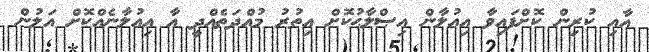
އާއި ކުރިން ކޮށްފައިވާ އިޢުލާން އިޞްލާޙުކޮށް އިތުރު މުއްދަތެއްދީ އާ އިޢުލާނެއްކޮށް އަލުން